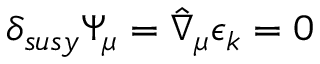
\delta _ { s u s y } \Psi _ { \mu } = \hat { \nabla } _ { \mu } \epsilon _ { k } = 0